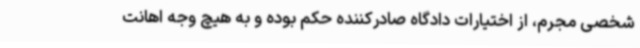
شخصی مجرم، از اختیارات دادگاه صادرکننده حکم بوده و به هیچ وجه اهانت